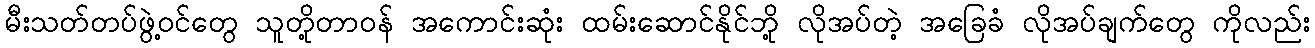
မီးသတ်တပ်ဖွဲ့ဝင်တွေ သူတို့တာဝန် အကောင်းဆုံး ထမ်းဆောင်နိုင်ဘို့ လိုအပ်တဲ့ အခြေခံ လိုအပ်ချက်တွေ ကိုလည်း